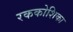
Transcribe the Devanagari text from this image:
रककोशिका